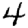
Digit: 4